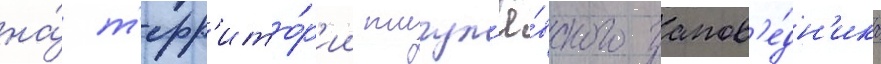
на́ т'ерр'ито́р'ии жигул'ё́вского запов'е́дн'ика